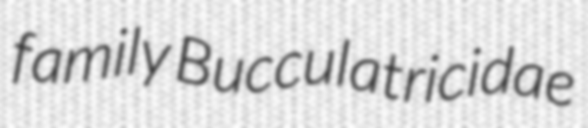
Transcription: family Bucculatricidae